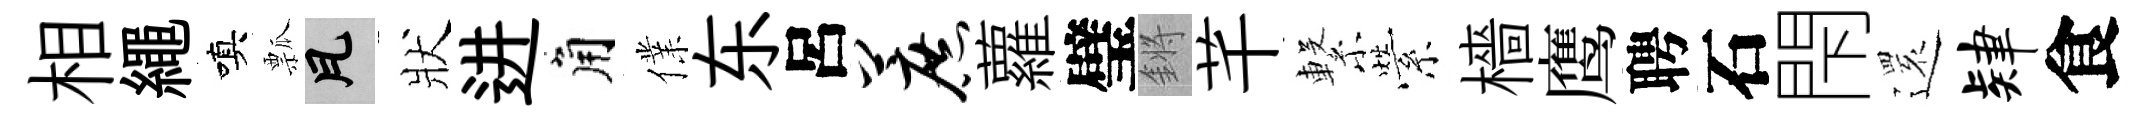
相繩嗔瓢瓦狀进角㒒东呂蔗蘿璧鏘芊繋縈檣鹰聘石閇𮟃肄食